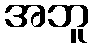
အဘူ